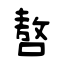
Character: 嗸